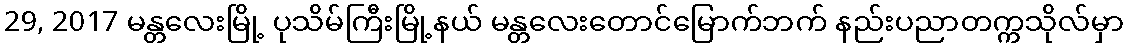
29, 2017 မန္တလေးမြို့ ပုသိမ်ကြီးမြို့နယ် မန္တလေးတောင်မြောက်ဘက် နည်းပညာတက္ကသိုလ်မှာ